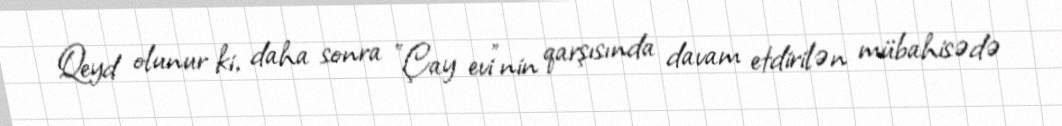
Qeyd olunur ki, daha sonra "Çay evi"nin qarşısında davam etdirilən mübahisədə